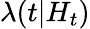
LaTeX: \lambda(t|H_{t})